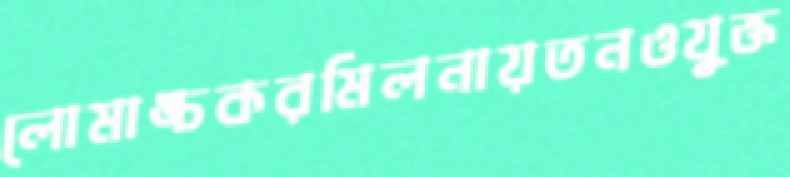
লোমাঙ্চকরমিলনায়তনওযুক্ত